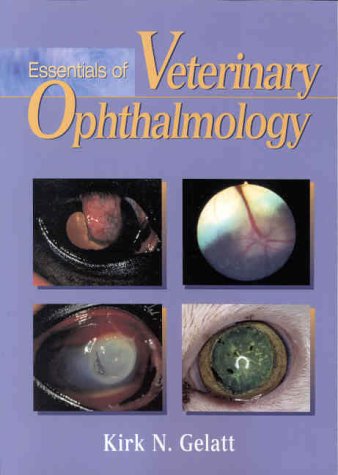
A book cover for Essentials of Veterinary Ophthalmology; Kirk N. Gelatt; Medical Books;